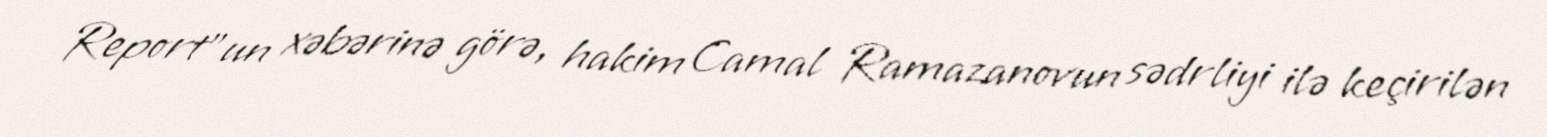
Report"un xəbərinə görə, hakim Camal Ramazanovun sədrliyi ilə keçirilən